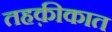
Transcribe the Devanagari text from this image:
तहक़ीकात